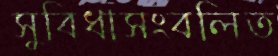
সুবিধাসংবলিত